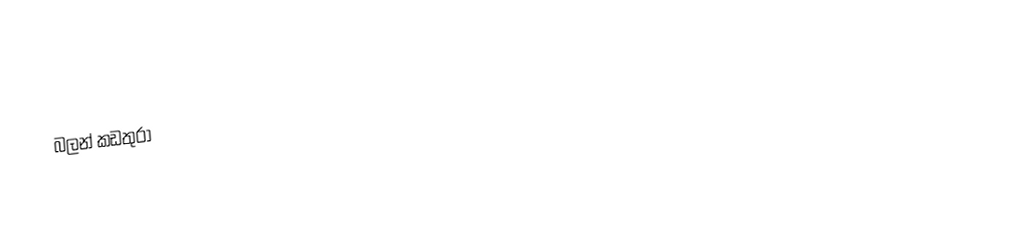
බලන් කඩතුරා